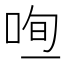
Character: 𠳉